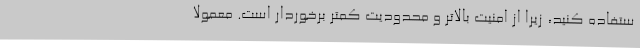
ستفاده کنید، زیرا از امنیت بالاتر و محدودیت کمتر برخوردار است. معمولاً